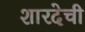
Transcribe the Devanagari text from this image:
शारदेची